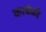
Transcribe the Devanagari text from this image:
काबंळी